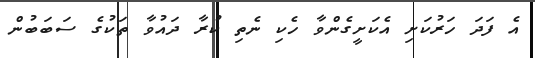
އެ ފަދަ ހަރުކަށި އެކަށީގެންވާ ހެކި ނެތި ކުރާ ދައުވާ ތަކުގެ ސަބަބުން